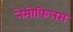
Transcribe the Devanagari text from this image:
नेमोफिलस